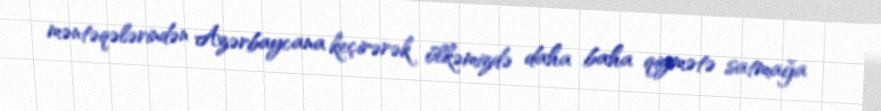
məntəqələrindən Azərbaycana keçirərək ölkəmizdə daha baha qiymətə satmağa